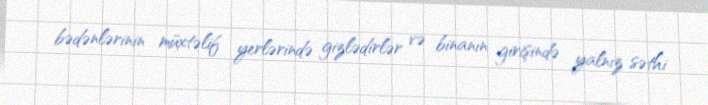
bədənlərinin müxtəlif yerlərində gizlədirlər və binanın girişində yalnız səthi